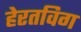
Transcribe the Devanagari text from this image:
हेरतविग